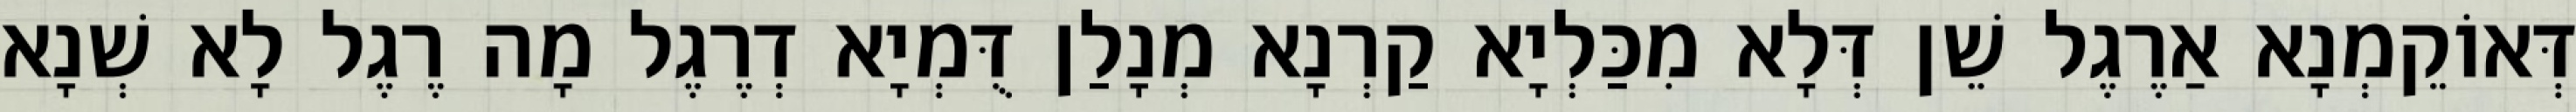
דְּאוֹקֵמְנָא אַרֶגֶל שֵׁן דְּלָא מִכַּלְיָא קַרְנָא מְנָלַן דֻּמְיָא דְרֶגֶל מָה רֶגֶל לָא שְׁנָא